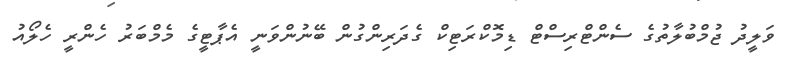
ވަލީދު ޖުމްބުލާތުގެ ސެންޓްރިސްޓް ޑިމޮކްރަޓިކް ގެދަރިންގުން ބޭނުންވަނީ އެޕާޓީގެ މެމްބަރު ހެންރީ ހެލޯއު